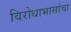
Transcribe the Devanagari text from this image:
विरोधाभासांचा